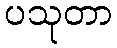
ပသုတာ